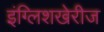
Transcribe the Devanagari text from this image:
इंग्लिशखेरीज